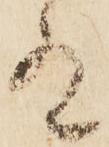
有